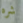
شره